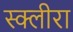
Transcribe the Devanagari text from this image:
स्क्लीरा